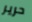
حرير